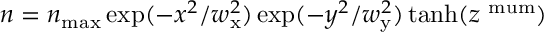
n = n _ { \operatorname* { m a x } } \exp ( - x ^ { 2 } / w _ { \mathrm { x } } ^ { 2 } ) \exp ( - y ^ { 2 } / w _ { \mathrm { y } } ^ { 2 } ) \operatorname { t a n h } ( z ^ { \mathrm { { \ m u m } } } )